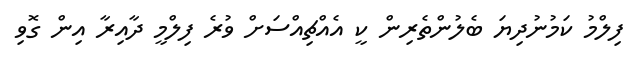
ފިލްމު ކަމުނުދިޔަ ބެލުންތެރިން ކީ އެއްޗިއްސަށް ވުރެ ފިލްމީ ދާއިރާ އިން ގޮވި